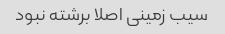
سیب زمینی اصلا برشته نبود